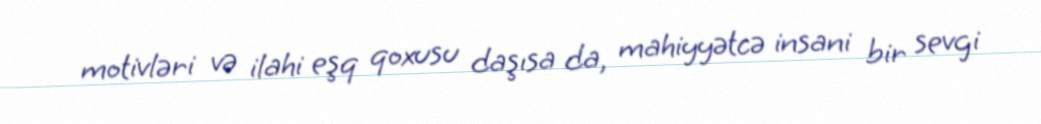
motivləri və ilahi eşq qoxusu daşısa da, mahiyyətcə insani bir sevgi